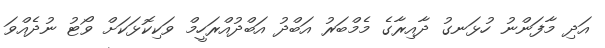
އަދި މާފަންނު ހުޅަނގު ދާއިރާގެ މެމްބަރު އަބްދު އަބްދުއްރަހީމް ވަކިކޮޅަކަށް ވޯޓު ނުދެއްވަ